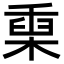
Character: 𣖄